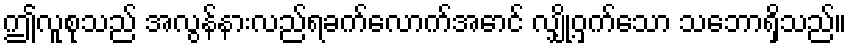
ဤလူစုသည် အလွန်နားလည်ရခက်လောက်အောင် လျှို့ဝှက်သော သဘောရှိသည်။